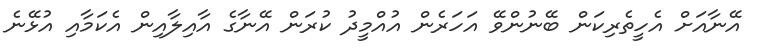
އޭނާއަށް އެހީތެރިކަން ބޭނުންވޭ އަހަރެން އުއްމީދު ކުރަން އޭނާގެ އާއިލާއިން އެކަމާއި އުޅޭނެ